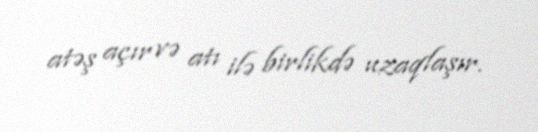
atəş açır və atı ilə birlikdə uzaqlaşır.